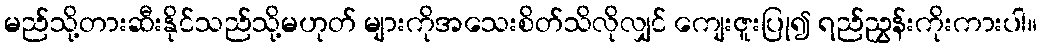
မည်သို့တားဆီးနိုင်သည်သို့မဟုတ် များကိုအသေးစိတ်သိလိုလျှင် ကျေးဇူးပြု၍ ရည်ညွှန်းကိုးကားပါ။